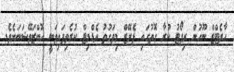
ހާރެޓްޒް ނޫހުން ރިޕޯޓު ކުރާ ގޮތުގައި ޕެރޭޒް މިވަގުތު އެޑްމިޓް ކުރެވިފައިވަނީ އޮބްޒަވޭޝަނަށެވެ.